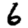
Digit: 6